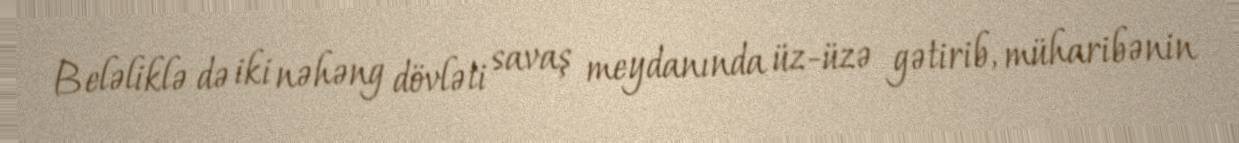
Beləliklə də iki nəhəng dövləti savaş meydanında üz-üzə gətirib, müharibənin